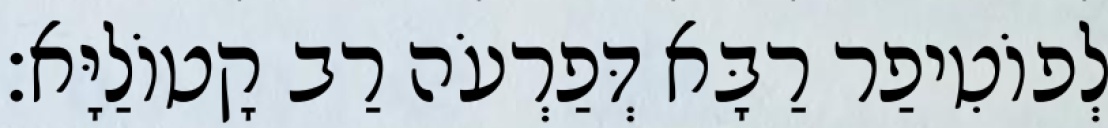
לְפוֹטִיפַר רַבָּא דְּפַרְעֹה רַב קָטוֹלַיָּא׃